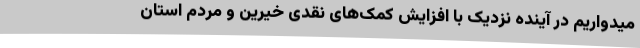
میدواریم در آینده نزدیک با افزایش کمک‌های نقدی خیرین و مردم استان